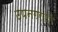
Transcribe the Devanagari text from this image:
उपनगरांशी